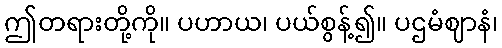
ဤတရားတို့ကို။ ပဟာယ၊ ပယ်စွန့်၍။ ပဌမံဈာနံ၊